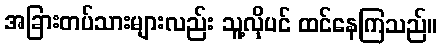
အခြားတပ်သားများလည်း သူ့လိုပင် ထင်နေကြသည်။